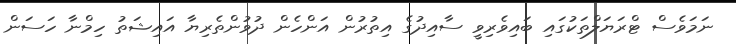
ނަމަވެސް ޓްރަޔަލްތަކުގައި ބައިވެރިވީ ސާއިދުގެ އިތުރުން އަންހެން ދުވުންތެރިޔާ އައިޝަތު ހިމްނާ ހަސަން